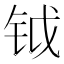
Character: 钺